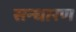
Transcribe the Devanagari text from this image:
सन्‍धारण